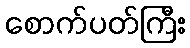
စောက်ပတ်ကြီး